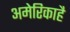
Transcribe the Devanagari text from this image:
अमेरिकाहै